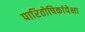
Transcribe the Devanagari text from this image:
पारितोषिकांपेक्षा